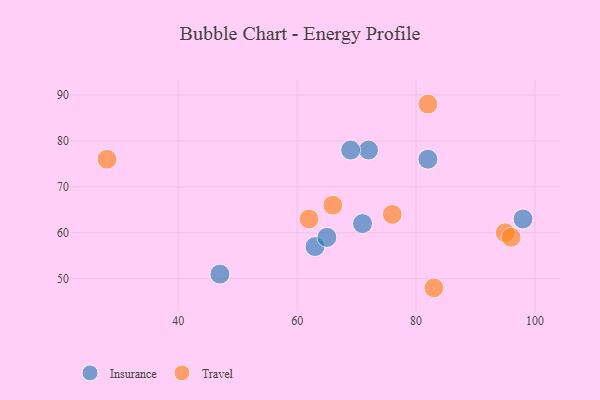
{"axis": {"x": "GDP", "y": "Life Expectancy"}, "legend": ["Insurance", "Travel"], "data": [{"x": "63", "y": 57, "type": "Insurance"}, {"x": "71", "y": 62, "type": "Insurance"}, {"x": "98", "y": 63, "type": "Insurance"}, {"x": "82", "y": 76, "type": "Insurance"}, {"x": "72", "y": 78, "type": "Insurance"}, {"x": "47", "y": 51, "type": "Insurance"}, {"x": "69", "y": 78, "type": "Insurance"}, {"x": "65", "y": 59, "type": "Insurance"}, {"x": "28", "y": 76, "type": "Travel"}, {"x": "95", "y": 60, "type": "Travel"}, {"x": "62", "y": 63, "type": "Travel"}, {"x": "66", "y": 66, "type": "Travel"}, {"x": "83", "y": 48, "type": "Travel"}, {"x": "76", "y": 64, "type": "Travel"}, {"x": "82", "y": 88, "type": "Travel"}, {"x": "96", "y": 59, "type": "Travel"}]}